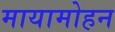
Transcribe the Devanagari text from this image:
मायामोहन